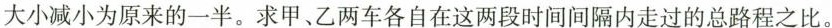
大小减小为原来的一半。求甲、乙两车各自在这两段时间间隔内走过的总路程之比。